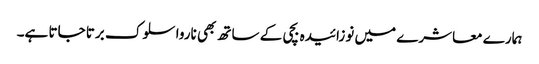
ہمارے معاشرے میں نوزائیدہ بچی کے ساتھ بھی ناروا سلوک برتا جاتا ہے۔